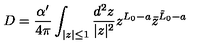
D = \frac { \alpha ^ { \prime } } { 4 \pi } \int _ { | z | \leq 1 } \frac { d ^ { 2 } z } { | z | ^ { 2 } } z ^ { L _ { 0 } - a } { \bar { z } } ^ { { \tilde { L } } _ { 0 } - a }